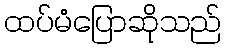
ထပ်မံပြောဆိုသည်